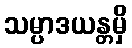
သမ္ပာဒယန္တမှိ